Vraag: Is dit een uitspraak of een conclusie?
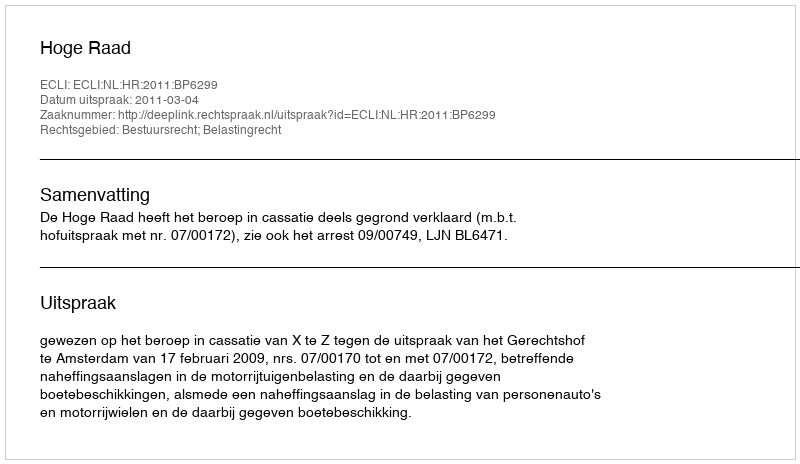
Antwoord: Uitspraak